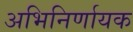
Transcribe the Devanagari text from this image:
अभिनिर्णायक